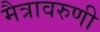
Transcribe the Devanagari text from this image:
मैत्रावरुणी